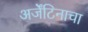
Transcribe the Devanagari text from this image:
अर्जेंटिनाचा